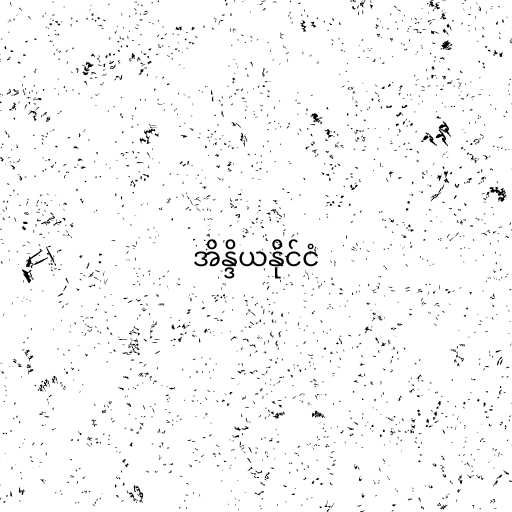
အိန္ဒိယနိုင်ငံ